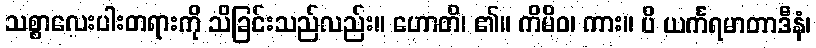
သစ္စာလေးပါးတရားကို သိခြင်းသည်လည်း။ ဟောတိ၊ ၏။ ကိမိဝ၊ ကား။ ပိ ယင်္ကရမာတာဒီနံ၊